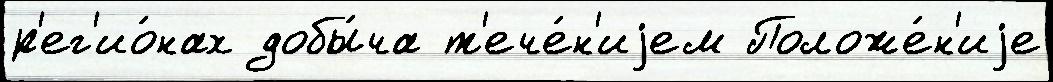
р'ег'ио́нах добы́ча т'ече́н'иjем Положе́н'иjе